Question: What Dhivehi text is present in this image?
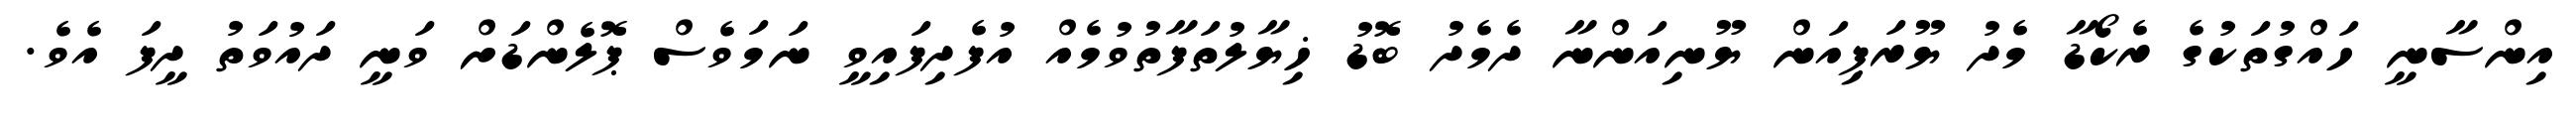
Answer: އިންސާނީ ހައްގުތަކުގެ ރެކޯޑާ މެދު ޔޫރަޕިއަން ޔޫނިއަންނާ ދެމެދު ބޮޑު ޚިޔާލުތަފާތުވުމެއް އުފެދިފައިވީ ނަމަވެސް ޕޮލެންޑަށް ވަނީ ދައުވަތު ދީފަ އެވެ.